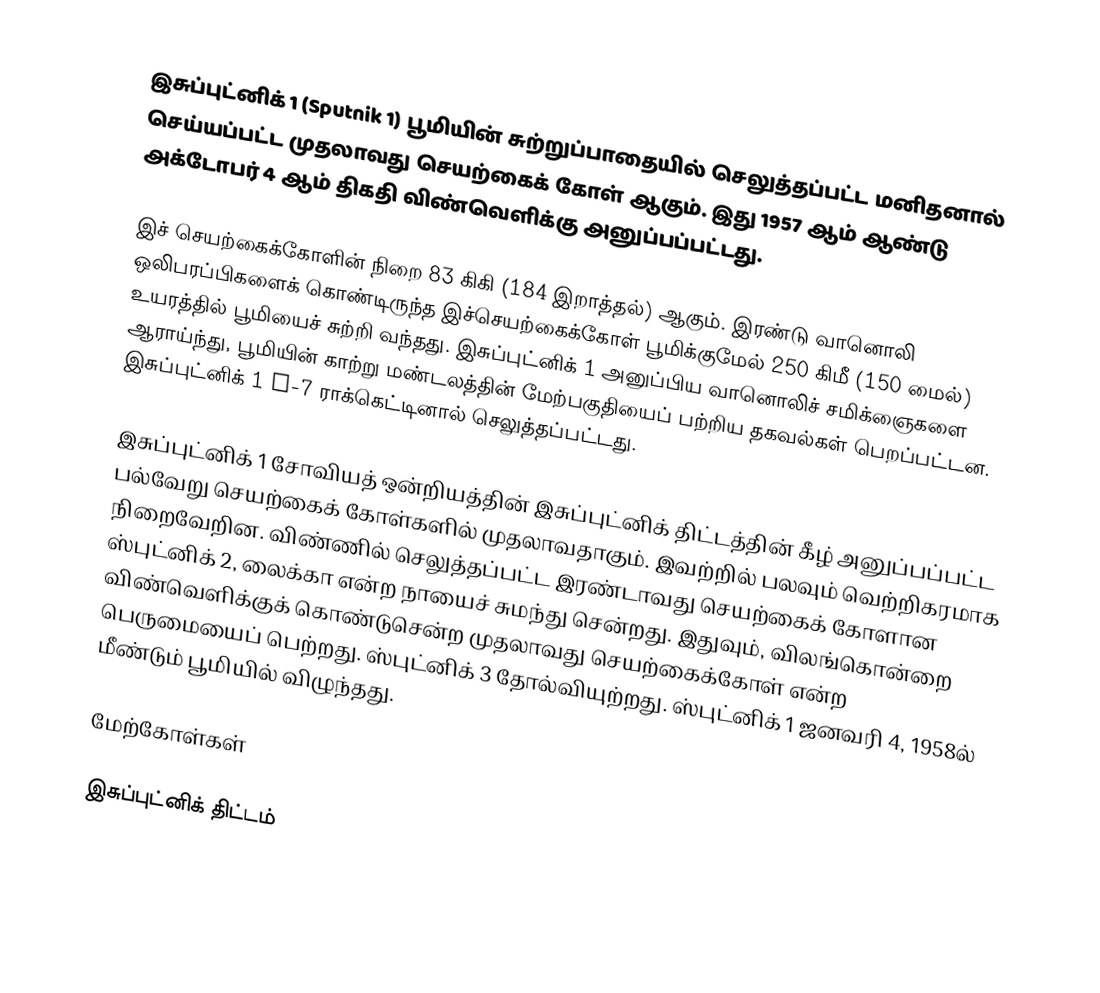
இசுப்புட்னிக் 1 (Sputnik 1) பூமியின் சுற்றுப்பாதையில் செலுத்தப்பட்ட மனிதனால் செய்யப்பட்ட முதலாவது செயற்கைக் கோள் ஆகும். இது 1957 ஆம் ஆண்டு அக்டோபர் 4 ஆம் திகதி விண்வெளிக்கு அனுப்பப்பட்டது.

இச் செயற்கைக்கோளின் நிறை 83 கிகி (184 இறாத்தல்) ஆகும். இரண்டு வானொலி ஒலிபரப்பிகளைக் கொண்டிருந்த இச்செயற்கைக்கோள் பூமிக்குமேல் 250 கிமீ (150 மைல்) உயரத்தில் பூமியைச் சுற்றி வந்தது. இசுப்புட்னிக் 1 அனுப்பிய வானொலிச் சமிக்ஞைகளை ஆராய்ந்து, பூமியின் காற்று மண்டலத்தின் மேற்பகுதியைப் பற்றிய தகவல்கள் பெறப்பட்டன. இசுப்புட்னிக் 1 R-7 ராக்கெட்டினால் செலுத்தப்பட்டது.

இசுப்புட்னிக் 1 சோவியத் ஒன்றியத்தின் இசுப்புட்னிக் திட்டத்தின் கீழ் அனுப்பப்பட்ட பல்வேறு செயற்கைக் கோள்களில் முதலாவதாகும். இவற்றில் பலவும் வெற்றிகரமாக நிறைவேறின. விண்ணில் செலுத்தப்பட்ட இரண்டாவது செயற்கைக் கோளான ஸ்புட்னிக் 2, லைக்கா என்ற நாயைச் சுமந்து சென்றது. இதுவும், விலங்கொன்றை விண்வெளிக்குக் கொண்டுசென்ற முதலாவது செயற்கைக்கோள் என்ற பெருமையைப் பெற்றது. ஸ்புட்னிக் 3 தோல்வியுற்றது. ஸ்புட்னிக் 1 ஜனவரி 4, 1958ல் மீண்டும் பூமியில் விழுந்தது.

மேற்கோள்கள்

இசுப்புட்னிக் திட்டம்